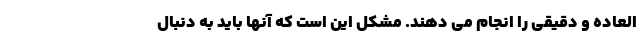
العاده و دقیقی را انجام می دهند. مشکل این است که آنها باید به دنبال